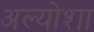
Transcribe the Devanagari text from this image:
अल्योशा